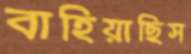
বাহিয়াছিস